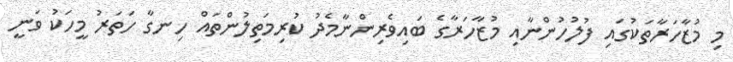
މި މުޒާހަރާތަކުގައި ފުލުހުންނާއި މުޒާހަރާގެ ބައިވެރިންނާމެދު ކުރިމަތިލުންތައް ހިނގާ ހަތަރު މީހަކު ވަނީ